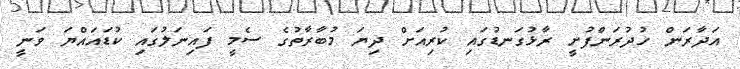
އަދާރަން ހުދުރަންފުށީ ރާޅުގަނޑުގައި ކުރިއަށް ދިޔަ މުބާރާތުގެ ސެމީ ފައިނަލުގައި ކުޑައައްޔަ ވަނީ